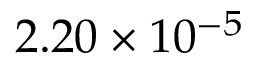
2 . 2 0 \times 1 0 ^ { - 5 }